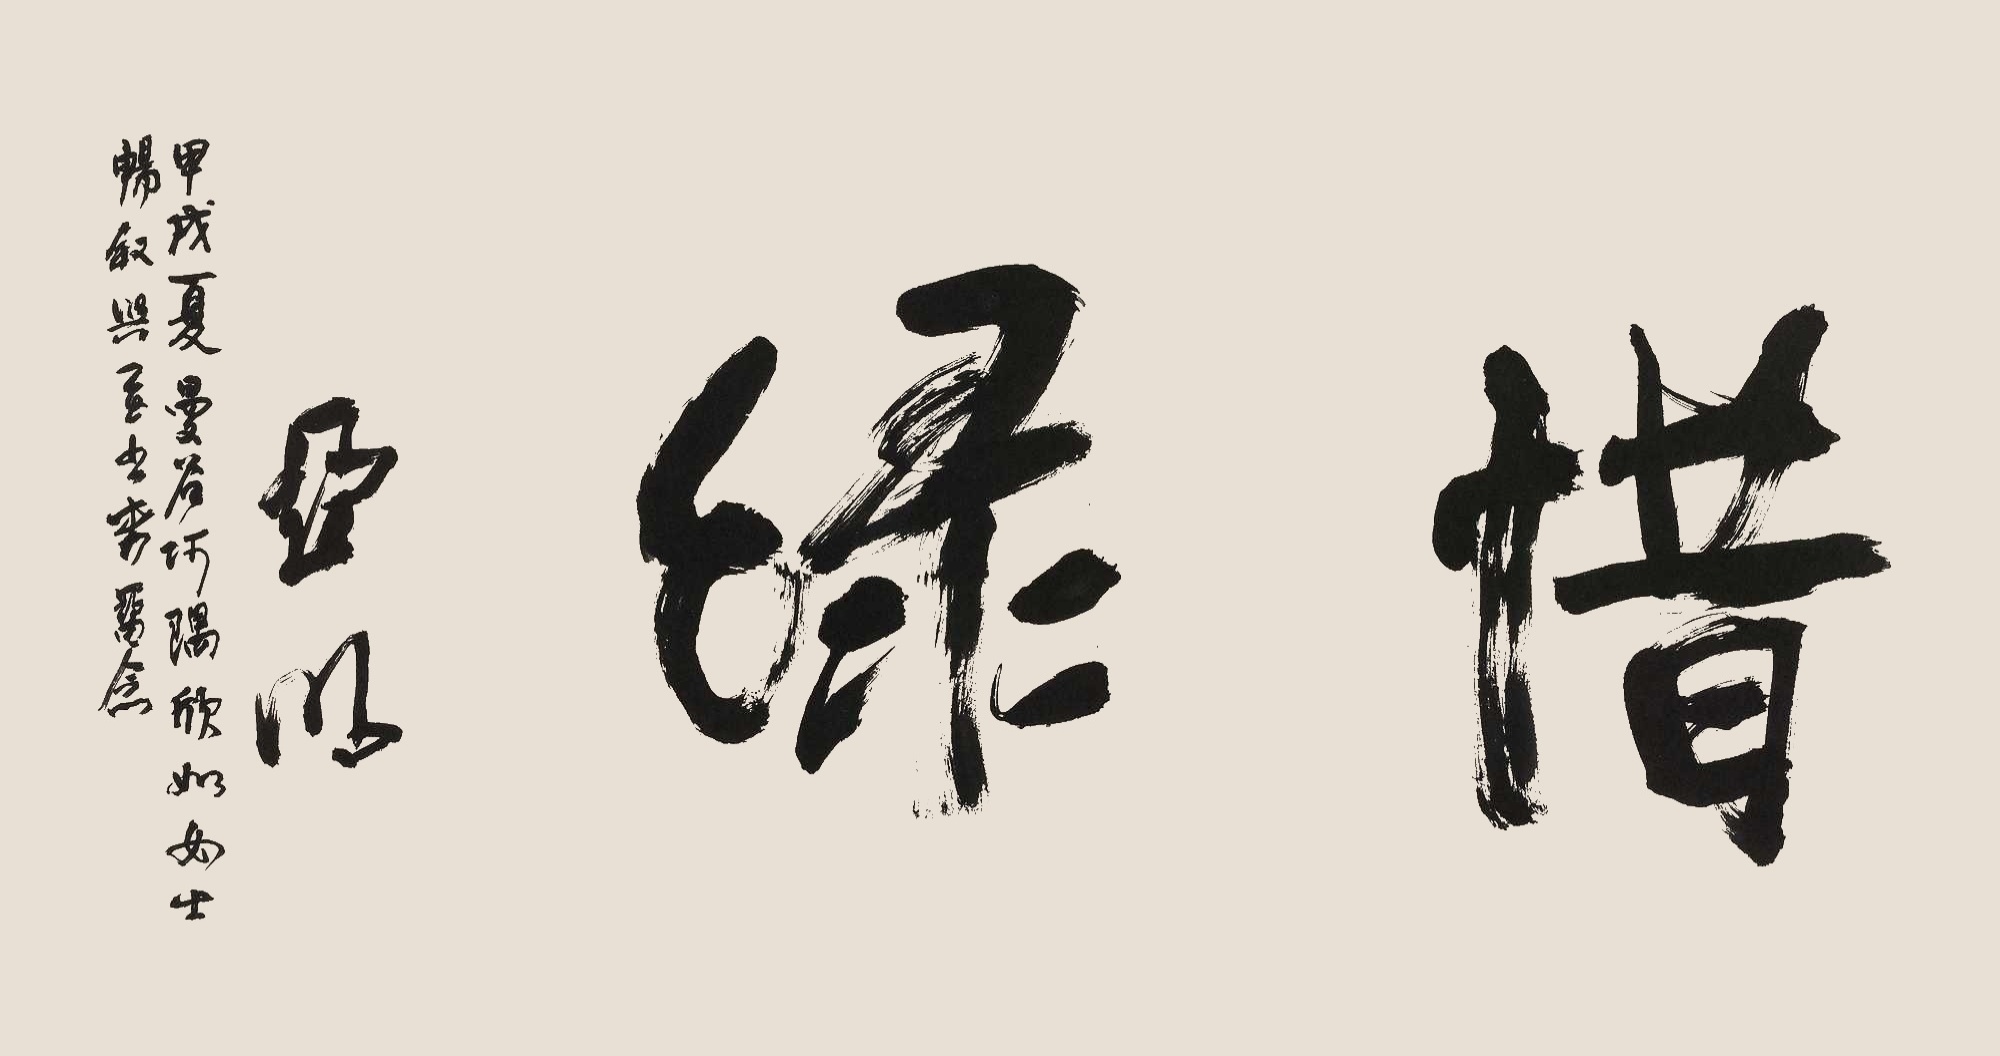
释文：惜缘亚明。甲戌夏曼谷偶遇欣如女士畅叙兴至，书此留念。